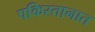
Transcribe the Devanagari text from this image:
पकिस्तानात